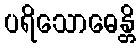
ပရိသောဓေန္တိ